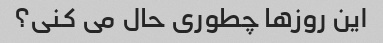
این روزها چطوری حال می کنی؟